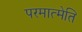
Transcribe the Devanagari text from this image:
परमात्मेति